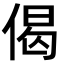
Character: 偈